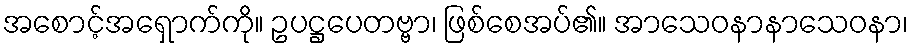
အစောင့်အရှောက်ကို။ ဥပဋ္ဌပေတဗ္ဗာ၊ ဖြစ်စေအပ်၏။ အာသေဝနာနာသေဝနာ၊